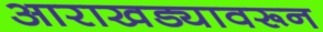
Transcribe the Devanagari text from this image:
आराखड्यावरून